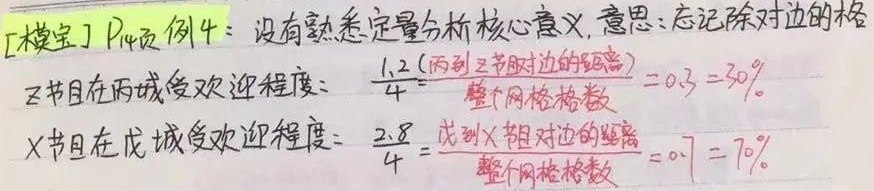
[模宝] \(P_{14}\) 页 例 4：没有熟悉定量分析核心意义, 意思: 忘记除对边的格。
\(Z\) 节目在丙城受欢迎程度: \(\frac{1.2}{4}=\frac{(\text{丙到}Z\text{节目对边的距离})}{\text{整个网格格数}} = 0.3 = 30\%\)。
\(X\) 节目在戊城受欢迎程度: \(\frac{2.8}{4}=\frac{\text{戊到}X\text{节目对边的距离}}{\text{整个网格格数}} = 0.7 = 70\%\)。